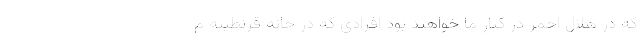
که در هلال احمر در کنار ما خواهند بود افرادی که در خانه قرنطینه م